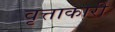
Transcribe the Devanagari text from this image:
वृत्ताकारी